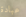
عبادة